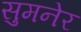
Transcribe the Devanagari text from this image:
सुमनेर